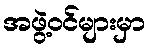
အဖွဲ့ဝင်များမှာ